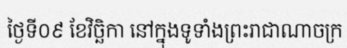
ថ្ងៃទី០៩ ខែវិច្ឆិកា នៅក្នុងទូទាំងព្រះរាជាណាចក្រ